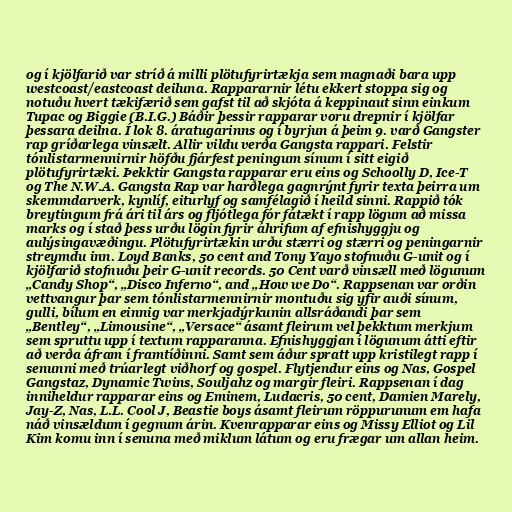
og í kjölfarið var stríð á milli plötufyrirtækja sem magnaði bara upp
westcoast/eastcoast deiluna. Rappararnir létu ekkert stoppa sig og
notuðu hvert tækifærið sem gafst til að skjóta á keppinaut sinn einkum
Tupac og Biggie (B.I.G.) Báðir þessir rapparar voru drepnir í kjölfar
þessara deilna. Í lok 8. áratugarinns og í byrjun á þeim 9. varð Gangster
rap gríðarlega vinsælt. Allir vildu verða Gangsta rappari. Felstir
tónlistarmennirnir höfðu fjárfest peningum sínum í sitt eigið
plötufyrirtæki. Þekktir Gangsta rapparar eru eins og Schoolly D, Ice-T
og The N.W.A. Gangsta Rap var harðlega gagnrýnt fyrir texta þeirra um
skemmdarverk, kynlíf, eiturlyf og samfélagið í heild sinni. Rappið tók
breytingum frá ári til árs og fljótlega fór fátækt í rapp lögum að missa
marks og í stað þess urðu lögin fyrir áhrifum af efnishyggju og
aulýsingavæðingu. Plötufyrirtækin urðu stærri og stærri og peningarnir
streymdu inn. Loyd Banks, 50 cent and Tony Yayo stofnuðu G-unit og í
kjölfarið stofnuðu þeir G-unit records. 50 Cent varð vinsæll með lögunum
„Candy Shop“, „Disco Inferno“, and „How we Do“. Rappsenan var orðin
vettvangur þar sem tónlistarmennirnir montuðu sig yfir auði sínum,
gulli, bílum en einnig var merkjadýrkunin allsráðandi þar sem
„Bentley“, „Limousine“, „Versace“ ásamt fleirum vel þekktum merkjum
sem spruttu upp í textum rapparanna. Efnishyggjan í lögunum átti eftir
að verða áfram í framtíðinni. Samt sem áður spratt upp kristilegt rapp í
senunni með trúarlegt viðhorf og gospel. Flytjendur eins og Nas, Gospel
Gangstaz, Dynamic Twins, Souljahz og margir fleiri. Rappsenan í dag
inniheldur rapparar eins og Eminem, Ludacris, 50 cent, Damien Marely,
Jay-Z, Nas, L.L. Cool J, Beastie boys ásamt fleirum röppurunum em hafa
náð vinsældum í gegnum árin. Kvenrapparar eins og Missy Elliot og Lil
Kim komu inn í senuna með miklum látum og eru frægar um allan heim.